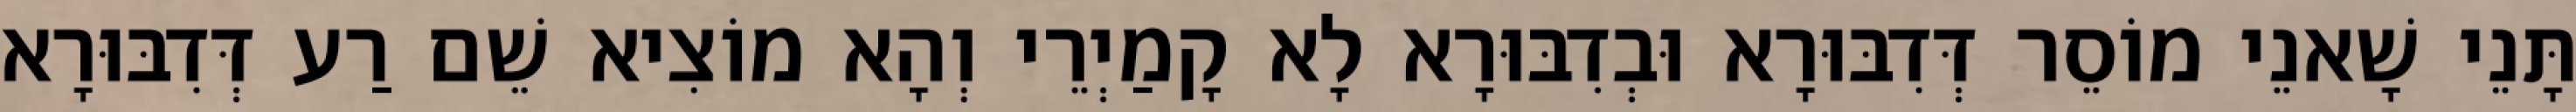
תָּנֵי שָׁאנֵי מוֹסֵר דְּדִבּוּרָא וּבְדִבּוּרָא לָא קָמַיְרֵי וְהָא מוֹצִיא שֵׁם רַע דְּדִבּוּרָא